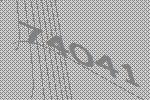
74041